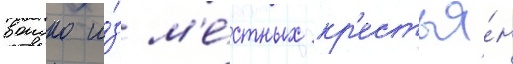
воиско и́з м'е́стных кр'естья́н